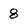
Character: 8